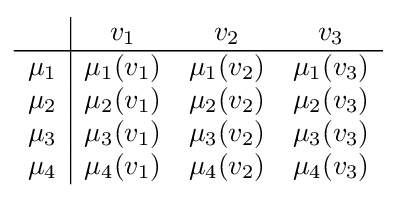
{\begin{array}{c|ccc}&v_{1}&v_{2}&v_{3}\\\hline \mu _{1}&\mu _{1}(v_{1})&\mu _{1}(v_{2})&\mu _{1}(v_{3})\\\mu _{2}&\mu _{2}(v_{1})&\mu _{2}(v_{2})&\mu _{2}(v_{3})\\\mu _{3}&\mu _{3}(v_{1})&\mu _{3}(v_{2})&\mu _{3}(v_{3})\\\mu _{4}&\mu _{4}(v_{1})&\mu _{4}(v_{2})&\mu _{4}(v_{3})\end{array}}